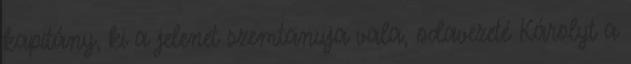
kapitány, ki a jelenet szemtanuja vala, odavezeté Károlyt a